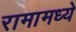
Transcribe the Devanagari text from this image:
रामामध्ये